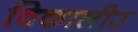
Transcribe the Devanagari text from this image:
विकालीउ